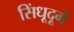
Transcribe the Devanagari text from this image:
सिंधूदूर्ग